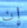
إن